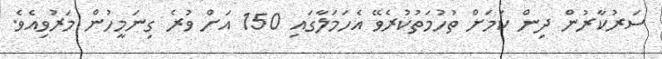
ސަރުކާރުން ދިން ކަމަށް ތުހުމަތުކުރެވޭ އެހަމަލާގައި 150 އަށް ވުރެ ގިނަމީހުން މަރުވިއެވެ.